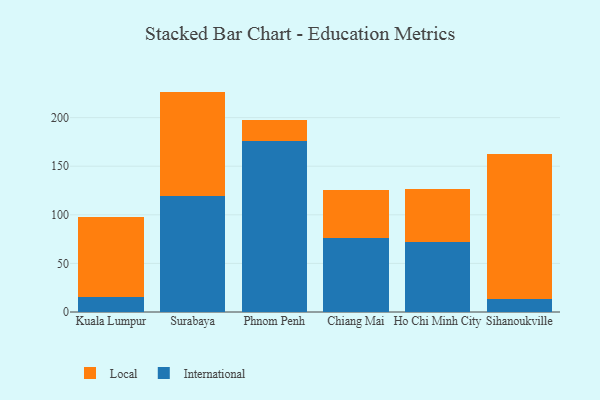
{"axis": {"x": "City", "y": "Conversion Rate (%)"}, "legend": ["International", "Local"], "data": [{"x": "Kuala Lumpur", "y": 15.0, "type": "International"}, {"x": "Kuala Lumpur", "y": 82.3, "type": "Local"}, {"x": "Surabaya", "y": 119.1, "type": "International"}, {"x": "Surabaya", "y": 107.7, "type": "Local"}, {"x": "Phnom Penh", "y": 175.6, "type": "International"}, {"x": "Phnom Penh", "y": 22.0, "type": "Local"}, {"x": "Chiang Mai", "y": 75.8, "type": "International"}, {"x": "Chiang Mai", "y": 50.1, "type": "Local"}, {"x": "Ho Chi Minh City", "y": 72.1, "type": "International"}, {"x": "Ho Chi Minh City", "y": 54.7, "type": "Local"}, {"x": "Sihanoukville", "y": 13.6, "type": "International"}, {"x": "Sihanoukville", "y": 149.0, "type": "Local"}]}